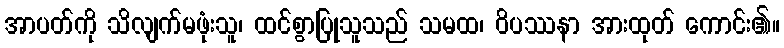
အာပတ်ကို သိလျက်မဖုံးသူ၊ ထင်စွာပြုသူသည် သမထ၊ ဝိပဿနာ အားထုတ် ကောင်း၏။